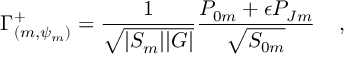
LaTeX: \Gamma _ { ( m , \psi _ { m } ) } ^ { + } = { \frac { 1 } { \sqrt { | { \cal S } _ { m } | | { \cal G } | } } } { \frac { { P } _ { 0 m } + \epsilon { P } _ { J m } } { \sqrt { { S } _ { 0 m } } } } \; \; \; \; ,